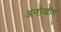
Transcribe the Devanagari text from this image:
अनोखीच